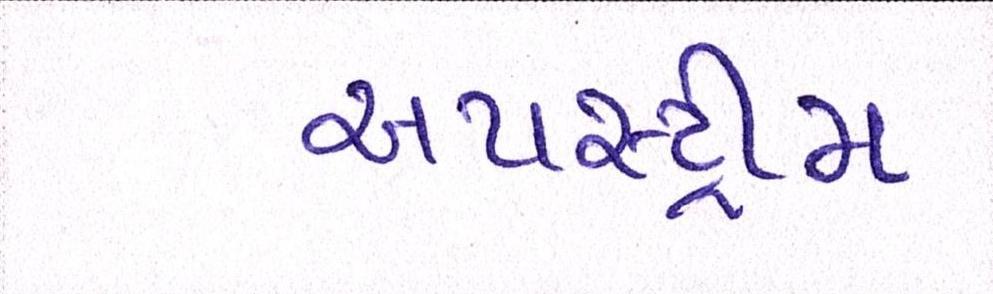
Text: અપસ્ટ્રીમ